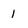
Character: 1